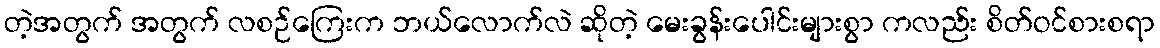
တဲ့အတွက် အတွက် လစဉ်ကြေးက ဘယ်လောက်လဲ ဆိုတဲ့ မေးခွန်းပေါင်းများစွာ ကလည်း စိတ်ဝင်စားစရာ